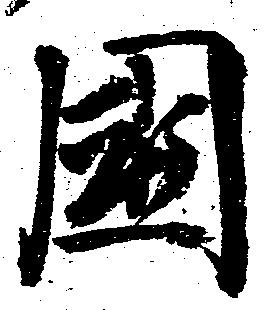
国